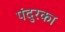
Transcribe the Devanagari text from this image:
पंदुरका